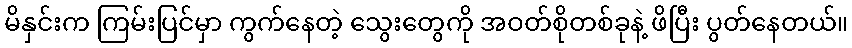
မိနှင်းက ကြမ်းပြင်မှာ ကွက်နေတဲ့ သွေးတွေကို အဝတ်စိုတစ်ခုနဲ့ ဖိပြီး ပွတ်နေတယ်။